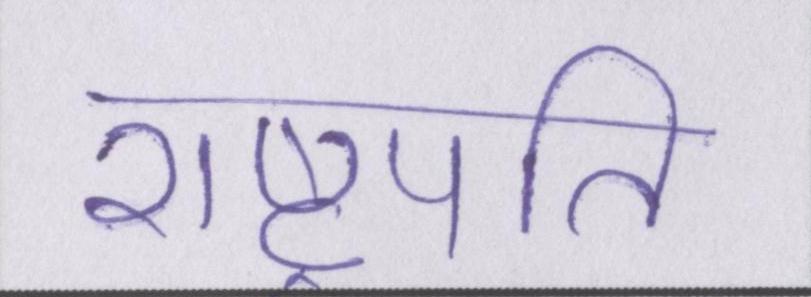
राष्ट्रपति